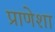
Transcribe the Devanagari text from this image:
प्राणेशा